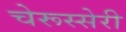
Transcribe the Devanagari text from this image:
चेरूस्सेरी